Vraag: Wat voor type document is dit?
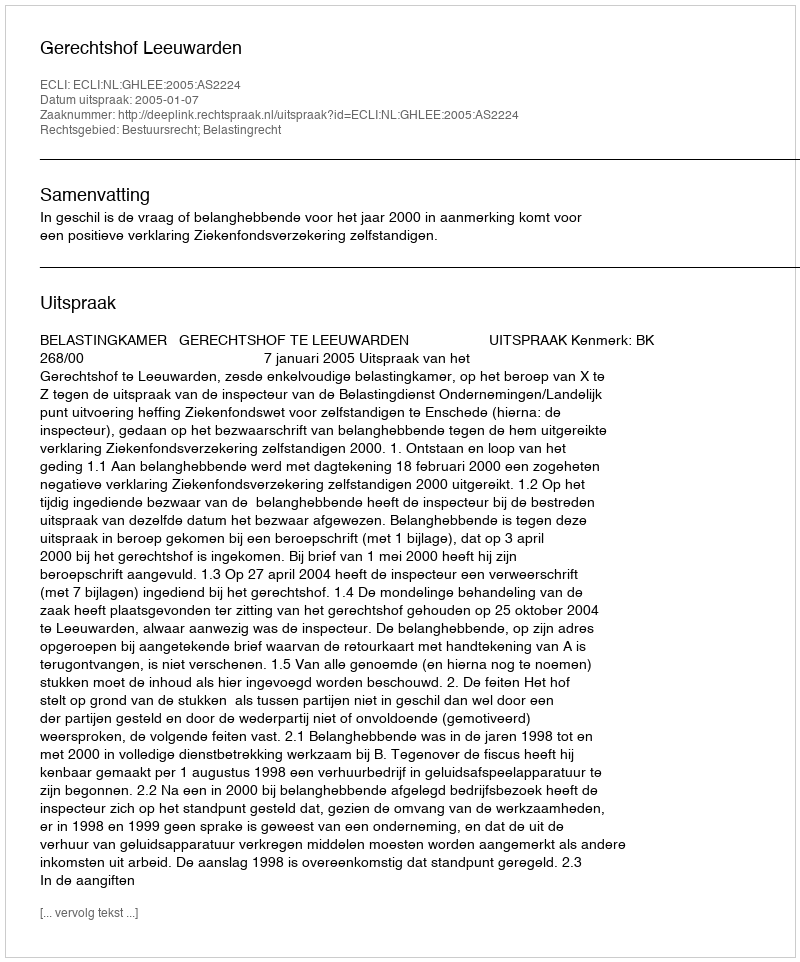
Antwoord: Uitspraak